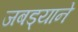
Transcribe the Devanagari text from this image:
जबड्याने